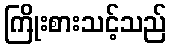
ကြိုးစားသင့်သည်